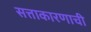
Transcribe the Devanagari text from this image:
सत्ताकारणाची